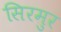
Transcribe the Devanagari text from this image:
सिरमुर